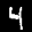
Label: 4